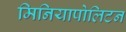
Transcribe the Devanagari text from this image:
मिनियापोलिटन